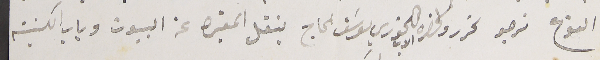
النوع نرجو تحررو لحضرة الاب الخوري يوسَف الحاج بنقل المقبره عن البيوت وباب الكنيسة